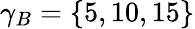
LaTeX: \gamma_{B}=\{ 5,10,15\}